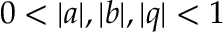
0 < | a | , | b | , | q | < 1